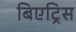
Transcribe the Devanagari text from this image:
बिएट्रिस